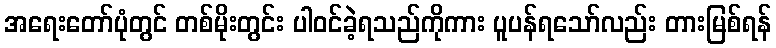
အရေးတော်ပုံတွင် တစ်မိုးတွင်း ပါဝင်ခဲ့ရသည်ကိုကား ပူပန်ရသော်လည်း တားမြစ်ရန်